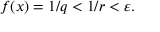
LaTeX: f ( x ) = 1 / q < 1 / r < \varepsilon .